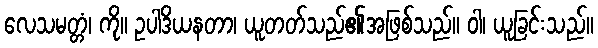
လေသမတ္တံ၊ ကို။ ဥပါဒိယနတာ၊ ယူတတ်သည်၏အဖြစ်သည်။ ဝါ၊ ယူခြင်းသည်။